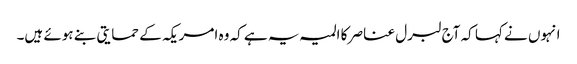
انہوں نے کہا کہ آج لبرل عناصر کا المیہ یہ ہے کہ وہ امریکہ کے حمایتی بنے ہوئے ہیں۔